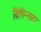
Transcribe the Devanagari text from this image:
बिपिन्नाटा